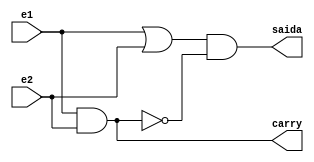
// Nome: Isabella Gonales
// Matrcula: 420120

module metodomeiasoma ( carry,saida,e1,e2 );

output carry,saida;
input e1,e2;
wire temp1,temp2;

or OR1 ( temp1,e1,e2 );
and AND1 ( carry,e1,e2 );
not NOT1 ( temp2,carry );
and AND2 ( saida,temp1,temp2 );

endmodule

module testmeiasoma;
reg e1,e2;
wire carry,saida;

metodomeiasoma meiasoma ( carry,saida,e1,e2 );

initial begin:start
        e1=0; e2=0;
end

initial begin: main
#1 $display (" Circuito Tradicional ");
#1 $display (" e1 + e2 =  carry  saida ");
  $monitor (" %b  + %b  = %b    %b ",e1,e2,carry,saida);
           #1 e1=0;    e2=1;
			  #1 e1=1;    e2=0;
			  #1 e1=1;    e2=1;
			  
end
endmodule




/* Registrando os Resultados

  Circuito Tradicional 
     e1 + e2 = s | carry 
     0  + 0  = 0    0 
     0  + 1  = 1    0 
     1  + 0  = 1    0 
     1  + 1  = 0    1 
    
     ----jGRASP: operation complete.
 */